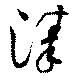
溱